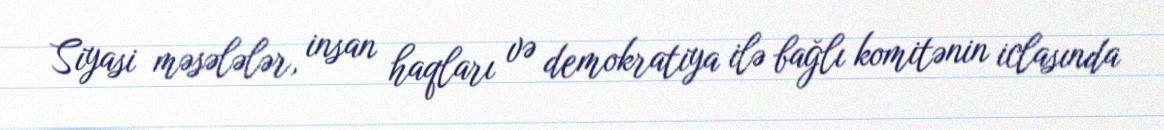
Siyasi məsələlər, insan haqları və demokratiya ilə bağlı komitənin iclasında